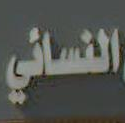
النسائي